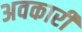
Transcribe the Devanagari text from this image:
अवकारी